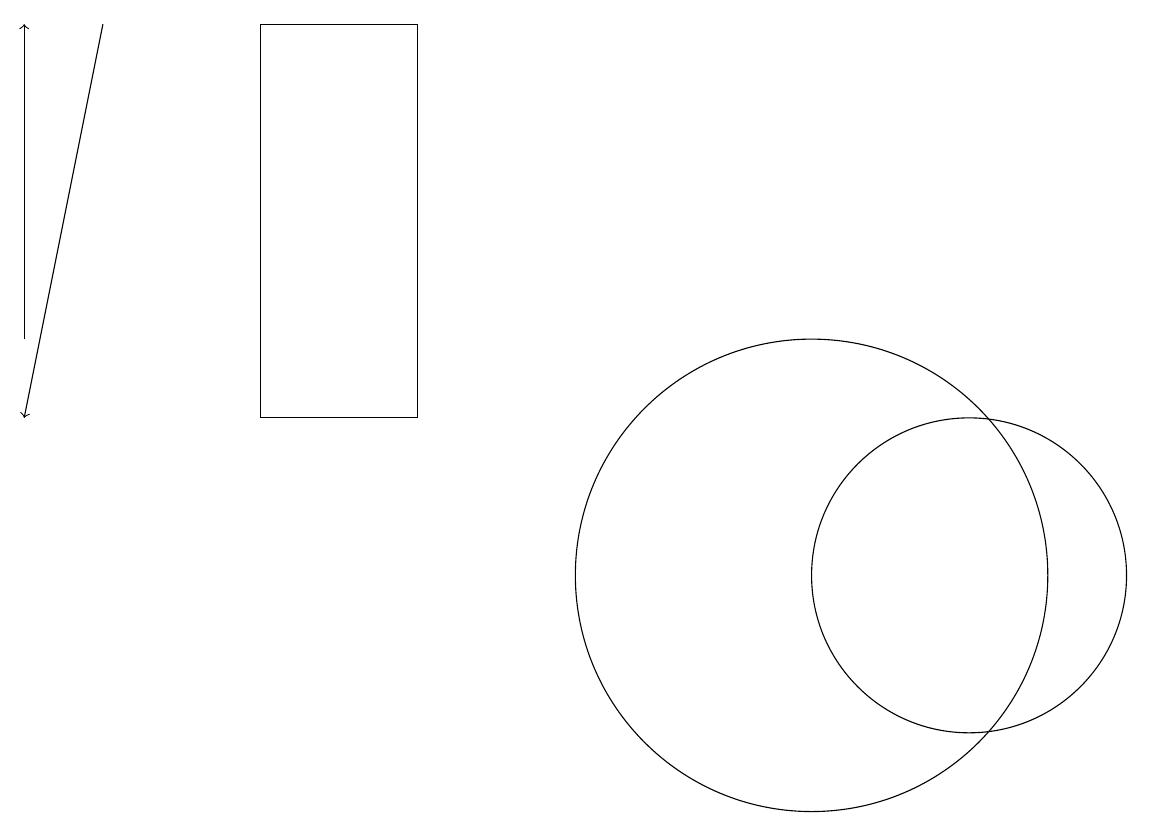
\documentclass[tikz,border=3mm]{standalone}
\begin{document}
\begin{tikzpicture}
\draw (12,11) circle (2);
\draw (10,11) circle (3);
\draw[->] (0,14) -- (0,18);
\draw[->] (1,18) -- (0,13);
\draw (11,11) circle (0);
\draw (3,18) rectangle (5,13);
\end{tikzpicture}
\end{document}